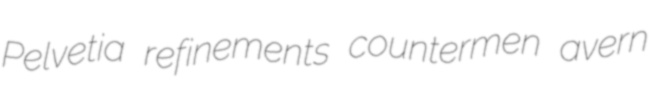
Pelvetia refinements countermen avern